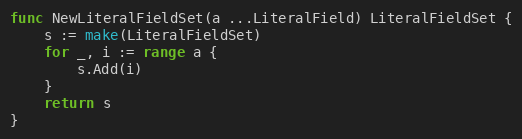
Language: Go
func NewLiteralFieldSet(a ...LiteralField) LiteralFieldSet {
	s := make(LiteralFieldSet)
	for _, i := range a {
		s.Add(i)
	}
	return s
}